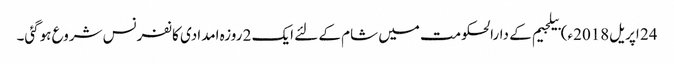
24 اپریل2018ء) بیلجیم کے دارالحکومت میں شام کے لئے ایک 2 روزہ امدادی کانفرنس شروع ہوگئی۔